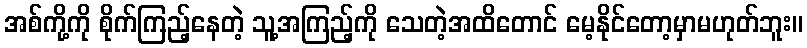
အစ်ကို့ကို စိုက်ကြည့်နေတဲ့ သူ့အကြည့်ကို သေတဲ့အထိတောင် မေ့နိုင်တော့မှာမဟုတ်ဘူး။